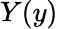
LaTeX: Y(y)